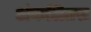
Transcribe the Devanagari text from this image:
अंकलितस